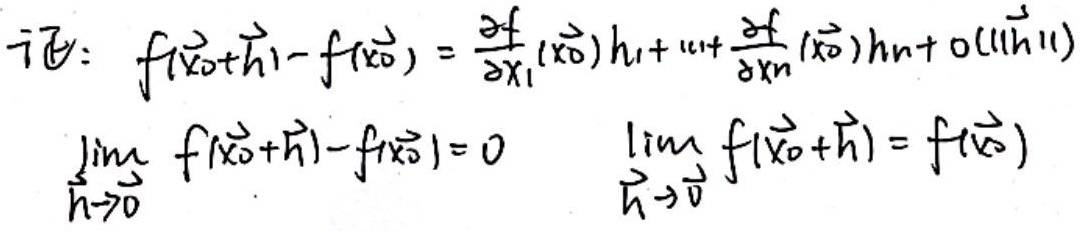
记：
\[f(\vec{x_0}+\vec{h}) - f(\vec{x_0})=\frac{\partial f}{\partial x_1}(\vec{x_0})h_1+\cdots+\frac{\partial f}{\partial x_n}(\vec{x_0})h_n + o(\|\vec{h}\|)\]
\[\lim_{\vec{h}\to\vec{0}}|f(\vec{x_0}+\vec{h})-f(\vec{x_0})| = 0 \quad \lim_{\vec{h}\to\vec{0}}f(\vec{x_0}+\vec{h})=f(\vec{x_0})\]